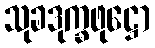
သုခဒုက္ခဖုဋ္ဌော